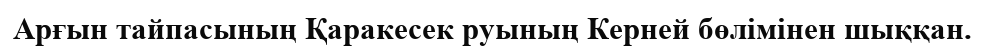
Арғын тайпасының Қаракесек руының Керней бөлімінен шыққан.